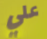
علي